General report no. 6 on the lunatic asylums, vaccination and dispensaries in the Bengal Presidency, 1873 -
Year: 1873
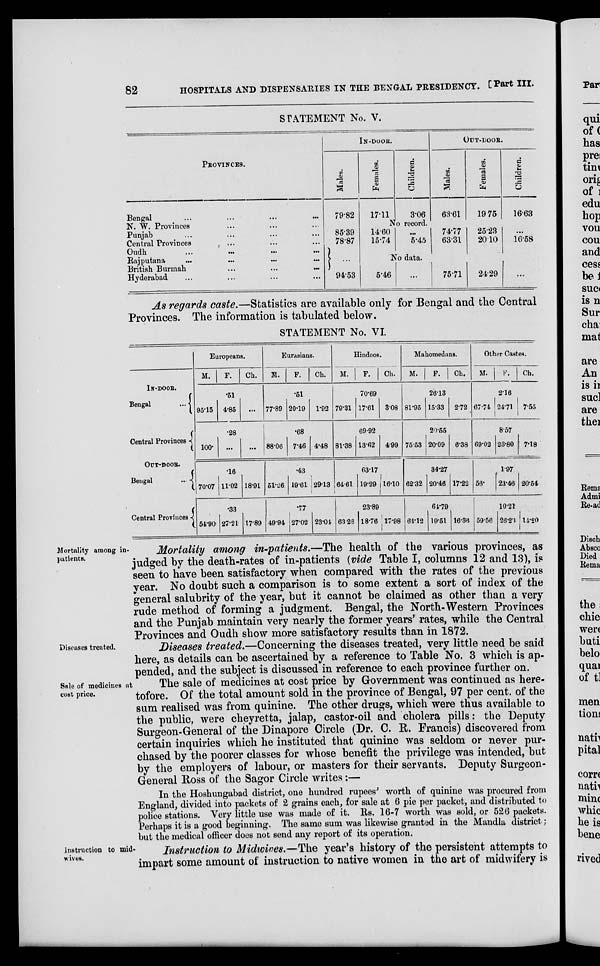
82
HOSPITALS AND DISPENSARIES IN THE BENGAL PRESIDENCY. [Part III.
STATEMENT No. V.
PROVINCES.
Bengal ... ... ... ...
N. W. Provinces ... ... ...
Punjab ... ... ... ...
Central Provinces ... ... ...
Oudh ... ... ... ...
Rajputana ... ... ... ...
British Burmah
...
...
...
Hyderabad ... ... ... ...
IN-DOOR
Males.
79.82
85.39
78.87
...
94.53
Fernales.
17.11
Children.
3.06
OUT-DOOR.
Males.
63.61
Females.
19.76
Children.
16 63
No record.
14.60
15.74
...
5.45
74.77
63.31
25.23
20.10
...
16.68
No data.
5.46
...
76.71
24 29
...
As regards caste.—Statistics are available only for Bengal and the Central
Provinces. The information is tabulated below.
STATEMENT No. VI.
IN-DOOR.
Bengal
...
Central Provinces
OUT-DOOR.
Bengal
...
Central Provinces
Europeans.
M.
95.15
100.
70.07
64.90
F.
.51
4.86
.28
...
.16
11.02
.33
27.21
Ch.
...
...
18.91
17.89
Eurasians.
M.
77.89
88.06
61.26
49.94
P.
.51
20.19
.68
7.46
.43
19.61
.77
27.02
Ch.
1.92
4.48
29.13
23.04
Hindoos.
M.
79.31
81.38
64.61
63.28
F.
70.69
17.61
69.92
13.62
63.17
19.29
23.89
18.76
Ch.
3.08
4.99
16.10
17.98
Mahomedans.
M.
81.96
76.63
62.32
64.12
F.
26.13
15.33
20.55
20.09
34.27
20.46
64.79
10.61
Ch.
2.72
6.38
17.22
16.35
Other Castes.
M.
67.74
69.02
56.
59.66
F.
2.16
24.71
8.57
23.80
1.97
23.46
10.21
26.23
Ch.
7.55
7.18
20.64
14.20
Mortality among in-
patients.
Mortality among in-patients.—The health of the various provinces, as
judged by the death-rates of in-patients (vide Table I, columns 12 and 13), is
seen to have been satisfactory when compared with the rates of the previous
year. No doubt such a comparison is to some extent a sort of index of the
general salubrity of the year, but it cannot be claimed as other than a very
rude method of forming a judgment. Bengal, the North-Western Provinces
and the Punjab maintain very nearly the former years' rates, while the Central
Provinces and Oudh show more satisfactory results than in 1872.
Diseases treated.
Diseases treated.—Concerning the diseases treated, very little need be said
here, as details can be ascertained by a reference to Table No. 3 which is ap-
pended, and the subject is discussed in reference to each province further on.
Sale of medicines at
cost price.
The sale of medicines at cost price by Government was continued as here-
tofore. Of the total amount sold in the province of Bengal, 97 per cent. of the
sum realised was from quinine. The other drugs, which were thus available to
the public, were cheyretta, jalap, castor-oil and cholera pills: the Deputy
Surgeon-General of the Dinapore Circle (Dr. C. R. Francis) discovered from
certain inquiries which he instituted that quinine was seldom or never pur-
chased by the poorer classes for whose benefit the privilege was intended, but
by the employers of labour, or masters for their servants. Deputy Surgeon-
General Ross of the Sagor Circle writes:—
In the Hoshungabad district, one hundred rupees' worth of quinine was procured from
England, divided into packets of 2 grains each, for sale at 6 pie per packet, and distributed to
police stations. Very little use was made of it. Rs. 16-7 worth was sold, or 526 packets.
Perhaps it is a good beginning. The same sum was likewise granted in the Mandla district;
but the medical officer does not send any report of its operation.
Instruction to mid-
wives.
Instruction to Midwives.—The year's history of the persistent attempts to
impart some amount of instruction to native women in the art of midwifery is